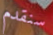
سنقدم